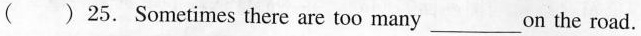
( ) 25. Sometimes there are too many ___ on the road.